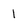
Character: 1